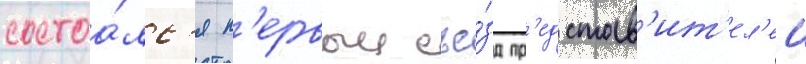
состоа́лс'я п'ервыи съе́зд пр'едстав'ит'ел'еи